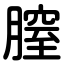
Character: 膣